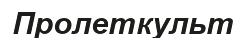
Пролеткульт